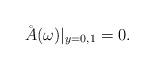
LaTeX: \begin{align*}\AA(\omega)|_{y=0,1} = 0.\end{align*}